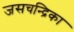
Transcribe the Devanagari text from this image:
जसचन्द्रिका